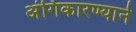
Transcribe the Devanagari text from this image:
अंगिकारण्याने